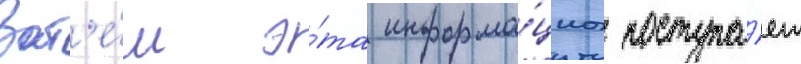
Зат'е́м э́та информа́циа поступа́ет